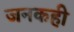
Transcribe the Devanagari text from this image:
जनकही